Indian journal of veterinary science and animal husbandry - Volumes 15-17, 1948-1951
Year: 1948
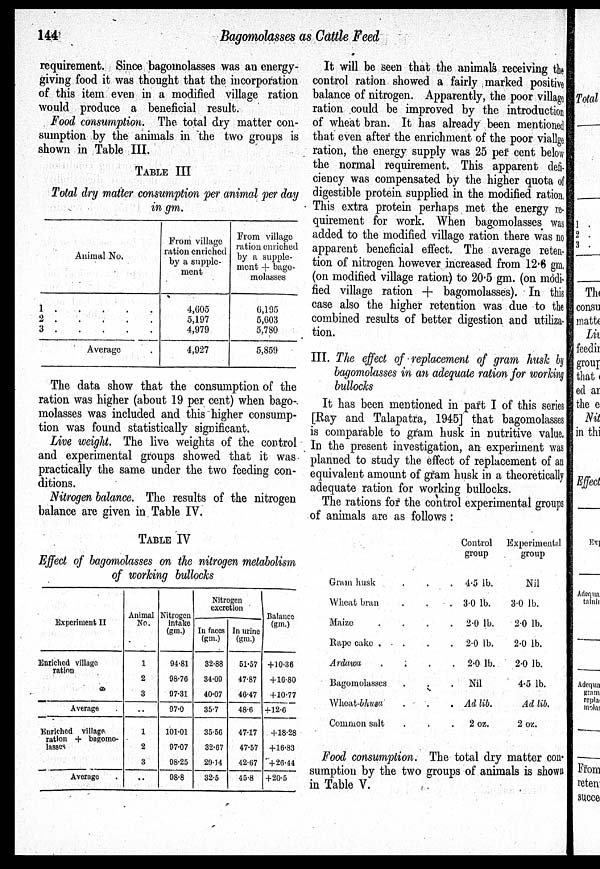
144
Bagomolasses as Cattle Feed
requirement. Since bagomolasses was an energy-
giving food it was thought that the incorporation
of this item even in a modified village ration
would produce a beneficial result.
Food consumption. The total dry matter con-
sumption by the animals in the two groups is
shown in Table III.
TABLE III
Total dry matter consumption per animal per day
in gm.
Animal No.
1 . . . . .
2 . . . . .
3 . . . . .
Average .
From village
ration enriched
by a supple-
ment
4,605
5,197
4,979
4,927
From village
ration enriched
by a supple-
ment + bago-
molasses
6,195
5,603
5,780
5,859
The data show that the consumption of the
ration was higher (about 19 per cent) when bago-
molasses was included and this higher consump-
tion was found statistically significant.
Live weight. The live weights of the control
and experimental groups showed that it was
practically the same under the two feeding con-
ditions.
Nitrogen balance. The results of the nitrogen
balance are given in Table IV.
TABLE IV
Effect of bagomolasses on the nitrogen metabolism
of working bullocks
Experiment II
Enriched village
ration
Average .
Enriched village
ration + bagomo-
lasses
Average
Animal
No.
1
2
3
..
1
2
3
..
Nitrogen
intake
(gm.)
94.81
98.76
97.31
97.0
101.01
97.07
98.25
98.8
Nitrogen
excretion
In faces
(gm.)
32.88
34.09
40.07
35.7
35.56
32.67
29.14
32.5
In urine
(gm.)
51.57
47.87
46.47
48.6
47.17
47.57
42.67
45.8
Balance
(gm.)
+10.36
+ 10.80
+10.77
+12.0
+ 18.28
+ 16.83
+26.44
+20.5
It will be seen that the animals receiving the
control ration showed a fairly marked positive
balance of nitrogen. Apparently, the poor village
ration could be improved by the introduction
of wheat bran. It has already been mentioned
that even after the enrichment of the poor viallge
ration, the energy supply was 25 per cent below
the normal requirement. This apparent defi-
ciency was compensated by the higher quota of
digestible protein supplied in the modified ration.
This extra protein perhaps met the energy re-
quirement for work. When bagomolasses was
added to the modified village ration there was no
apparent beneficial effect. The average reten-
tion of nitrogen however increased from 12.6 gm.
(on modified village ration) to 20.5 gm. (on modi-
fied village ration + bagomolasses). In this
case also the higher retention was due to the
combined results of better digestion and utiliza-
tion.
III. The effect of replacement of gram husk by
bagomolasses in an adequate ration for working
bullocks
It has been mentioned in part I of this series
[Ray and Talapatra, 1945] that bagomolasses
is comparable to gram husk in nutritive value.
In the present investigation, an experiment was
planned to study the effect of replacement of an
equivalent amount of gram husk in a theoretically
adequate ration for working bullocks.
The rations for the control experimental groups
of animals are as follows:
Gram husk . . .
Wheat bran . . .
Maize
.
.
.
.
Rape cake .
.
.
.
Ardawa
.
.
.
.
Bagomolasses . . .
Wheat-bhusa . . .
Common salt . . .
Control
group
4.5 lb.
3.0 lb.
2.0 lb.
2.0 lb.
2.0 lb.
Nil
Ad lib.
2 oz.
Experimental
group
Nil
3.0 lb.
2.0 lb.
2.0 lb.
2.0 lb.
4.5 lb.
Ad lib.
2 oz.
Food consumption. The total dry matter con-
sumption by the two groups of animals is shown
in Table V.